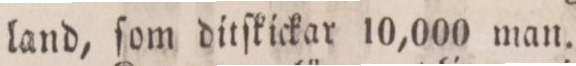
land, ſom ditſkickar 10,000 man.